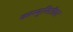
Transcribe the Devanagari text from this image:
कम्म्युनिटीवर